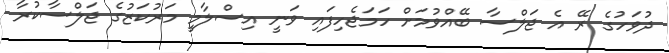
ދުވަހުގެ ރޭ އެ ޖަލްސާ ބޭއްވުމަށް ހަމަޖެހިފައި ވަނީ އިސްލާމީ މަރުކަޒުގެ ޖަލްސާކުރާ